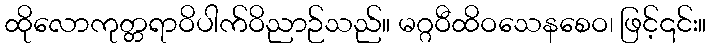
ထိုလောကုတ္တရာဝိပါက်ဝိညာဉ်သည်။ မဂ္ဂဝီထိဝသေနစေဝ၊ ဖြင့်၎င်း။